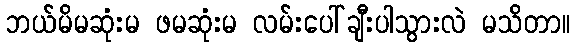
ဘယ်မိမဆုံးမ ဖမဆုံးမ လမ်းပေါ်ချီးပါသွားလဲ မသိတာ။